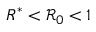
R ^ { * } < \mathcal { R } _ { 0 } < 1